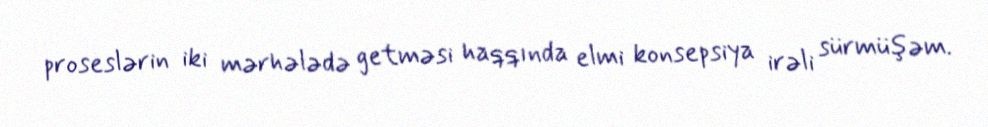
proseslərin iki mərhələdə getməsi haqqında elmi konsepsiya irəli sürmüşəm.